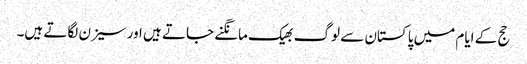
حج کے ایام میں پاکستان سے لوگ بھیک مانگنے جاتے ہیں اور سیزن لگاتے ہیں۔